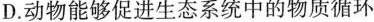
D.动物能够促进生态系统中的物质循环